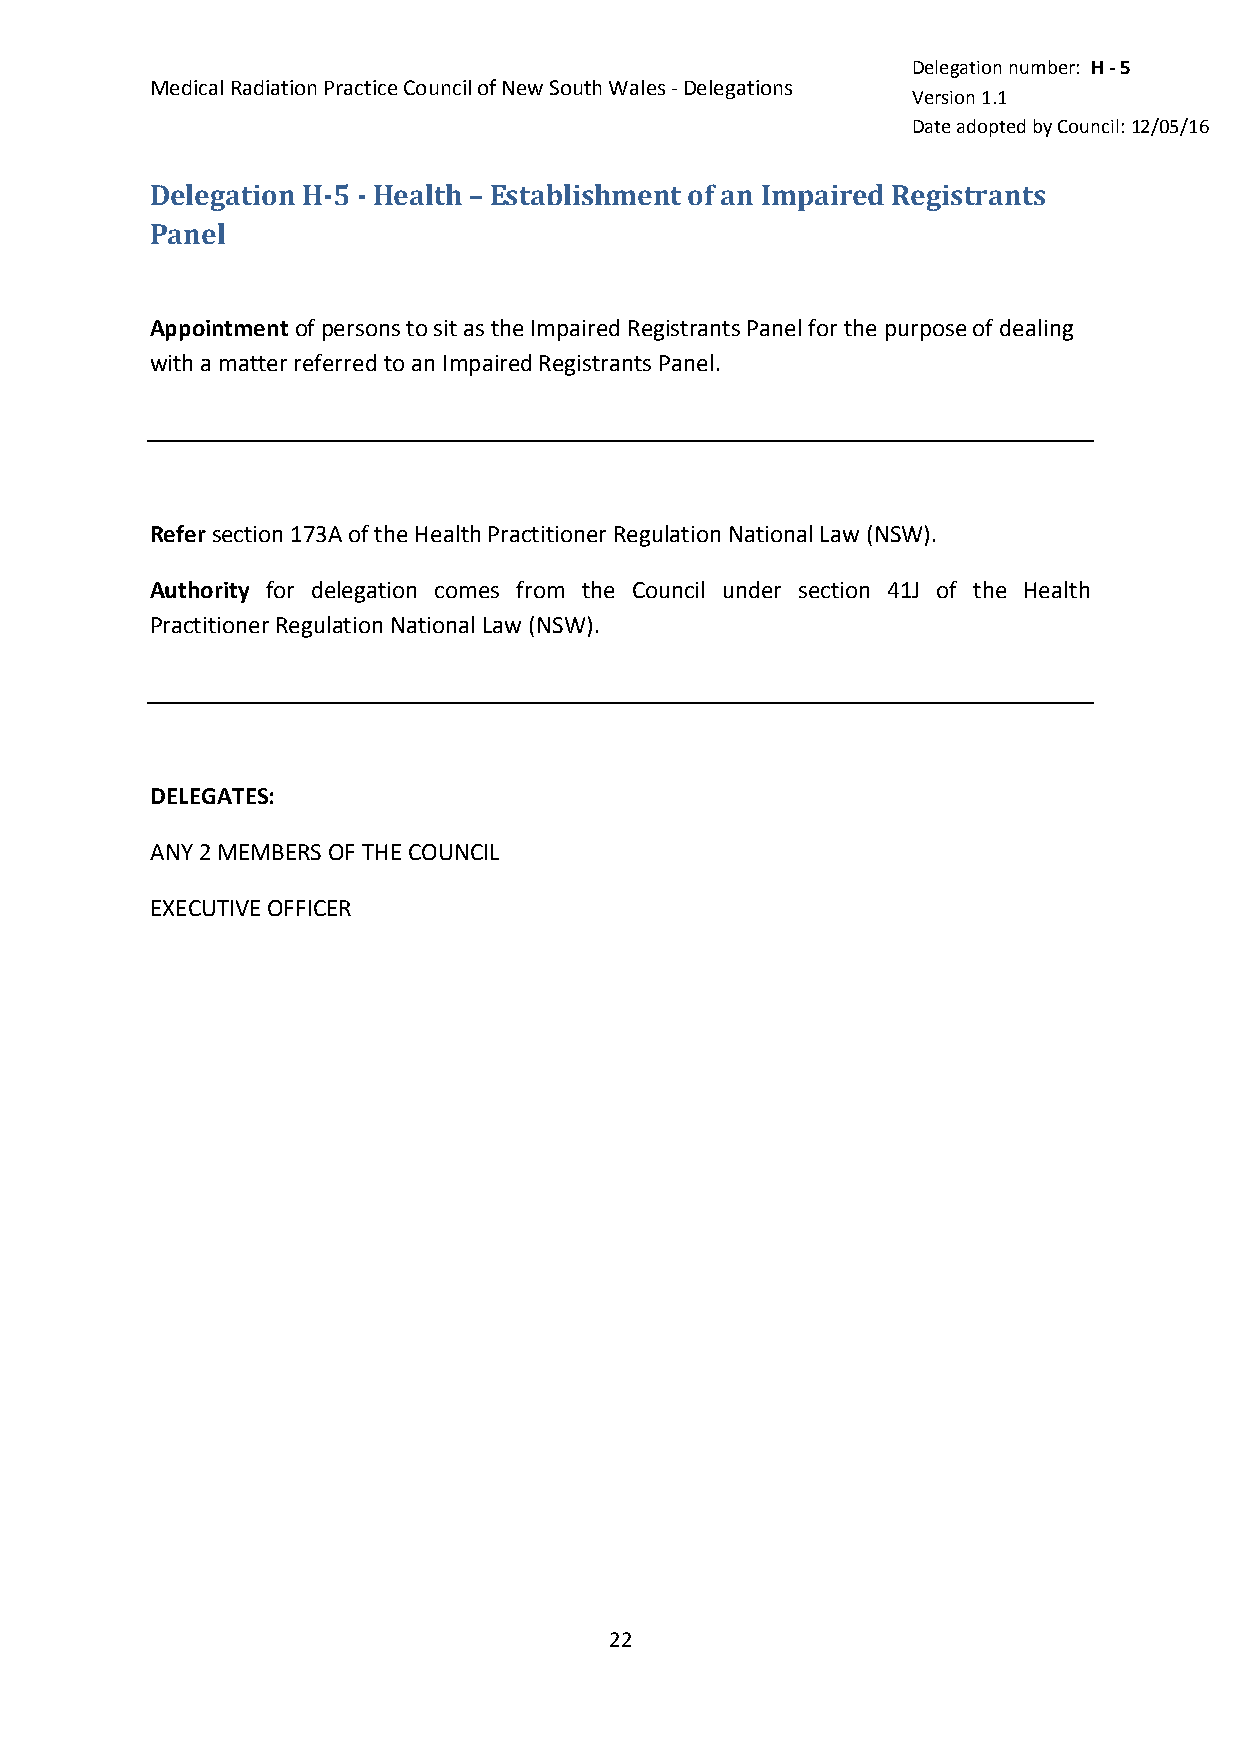
Delegation number: H - 5
 Medical Radiation Practice Council of New South Wales - Delegations
 Version 1.1
 Date adopted by Council: 12/05/16
 Delegation H-5 - Health – Establishment of an Impaired Registrants
 Panel
 Appointment of persons to sit as the Impaired Registrants Panel for the purpose of dealing
 with a matter referred to an Impaired Registrants Panel.
 Refer section 173A of the Health Practitioner Regulation National Law (NSW).
 Authority for delegation comes from the Council under section 41J of the Health
 Practitioner Regulation National Law (NSW).
 DELEGATES:
 ANY 2 MEMBERS OF THE COUNCIL
 EXECUTIVE OFFICER
 22